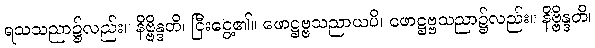
ရသသညာ၌လည်း။ နိဗ္ဗိန္ဒတိ၊ ငြီးငွေ့၏။ ဖောဋ္ဌဗ္ဗသညာယပိ၊ ဖောဋ္ဌဗ္ဗသညာ၌လည်း။ နိဗ္ဗိန္ဒတိ၊